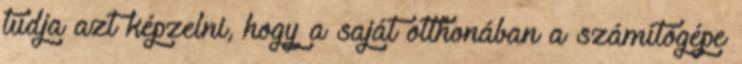
tudja azt képzelni, hogy a saját otthonában a számítógépe